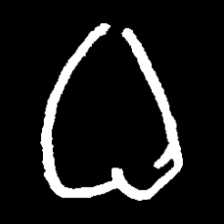
Pyu character \u2014 Myanmar letter: ဓ (romanized: dha)